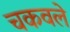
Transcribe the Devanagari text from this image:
चकवले